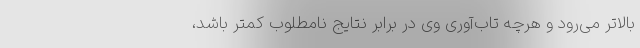
بالاتر می‌رود و هر‌چه تاب‌آوری وی در برابر نتایج نامطلوب کمتر باشد،